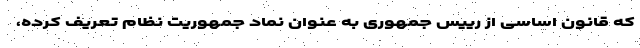
که قانون اساسی از رییس جمهوری به عنوان نماد جمهوریت نظام تعریف کرده،